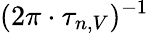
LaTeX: (2\pi\cdot\tau_{n,V})^{-1}